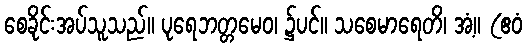
စေခိုင်းအပ်သူသည်။ ပုရေဘတ္တမေဝ၊ ၌ပင်။ သစေမာရေတိ၊ အံ့။ (ဧဝံ